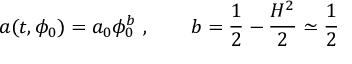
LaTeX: a ( t , \phi _ { 0 } ) = a _ { 0 } \phi _ { 0 } ^ { b } ~ , \qquad b = \frac { 1 } { 2 } - \frac { H ^ { 2 } } { 2 } \simeq \frac { 1 } { 2 }